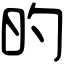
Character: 旳